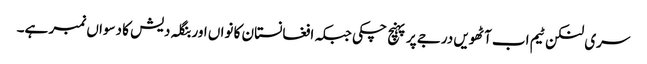
سری لنکن ٹیم اب آٹھویں درجے پر پہنچ چکی جبکہ افغانستان کا نواں اور بنگلہ دیش کا دسواں نمبر ہے۔